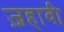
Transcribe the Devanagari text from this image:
ज़हावी